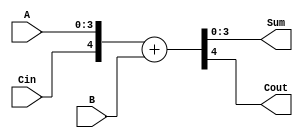
module adder_4bit (
  input [3:0] A,
  input [3:0] B,
  input Cin,
  output [3:0] Sum,
  output Cout
);

  wire [3:0] Sum_temp;
  
  assign {Cout, Sum_temp} = {Cin, A} + B;
  assign Sum = Sum_temp;

endmodule